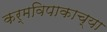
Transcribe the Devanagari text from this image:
कर्मविपाकाच्या